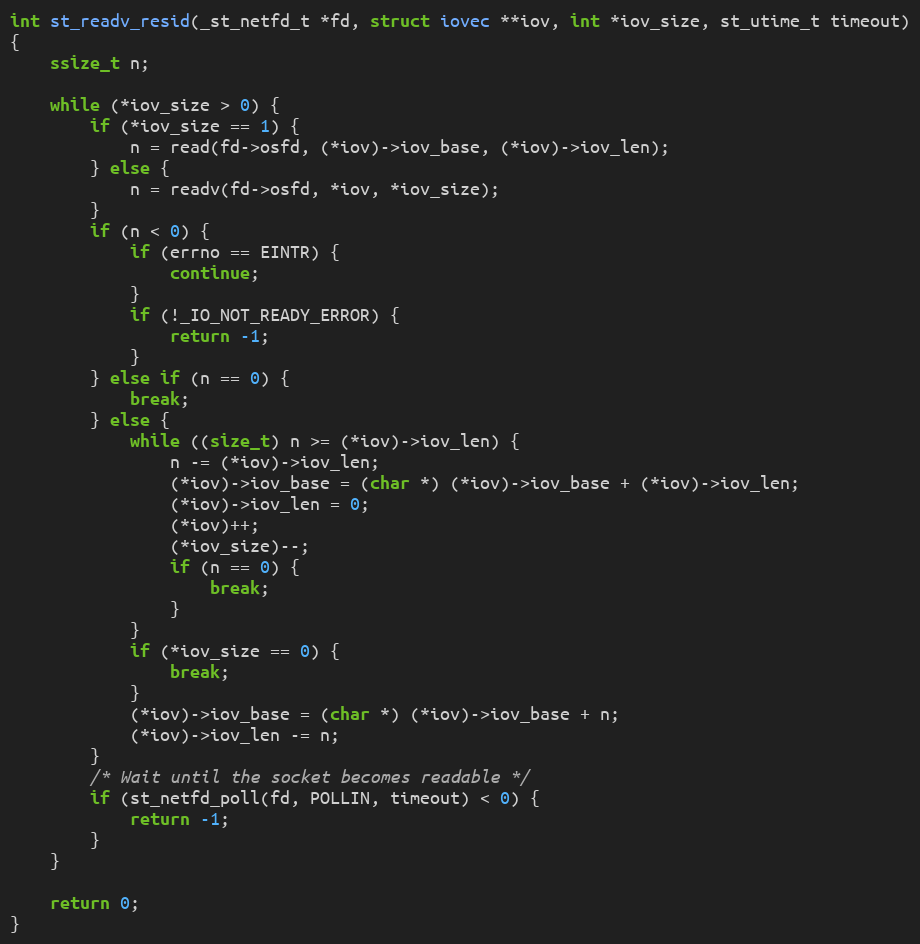
Language: C
int st_readv_resid(_st_netfd_t *fd, struct iovec **iov, int *iov_size, st_utime_t timeout)
{
    ssize_t n;

    while (*iov_size > 0) {
        if (*iov_size == 1) {
            n = read(fd->osfd, (*iov)->iov_base, (*iov)->iov_len);
        } else {
            n = readv(fd->osfd, *iov, *iov_size);
        }
        if (n < 0) {
            if (errno == EINTR) {
                continue;
            }
            if (!_IO_NOT_READY_ERROR) {
                return -1;
            }
        } else if (n == 0) {
            break;
        } else {
            while ((size_t) n >= (*iov)->iov_len) {
                n -= (*iov)->iov_len;
                (*iov)->iov_base = (char *) (*iov)->iov_base + (*iov)->iov_len;
                (*iov)->iov_len = 0;
                (*iov)++;
                (*iov_size)--;
                if (n == 0) {
                    break;
                }
            }
            if (*iov_size == 0) {
                break;
            }
            (*iov)->iov_base = (char *) (*iov)->iov_base + n;
            (*iov)->iov_len -= n;
        }
        /* Wait until the socket becomes readable */
        if (st_netfd_poll(fd, POLLIN, timeout) < 0) {
            return -1;
        }
    }

    return 0;
}